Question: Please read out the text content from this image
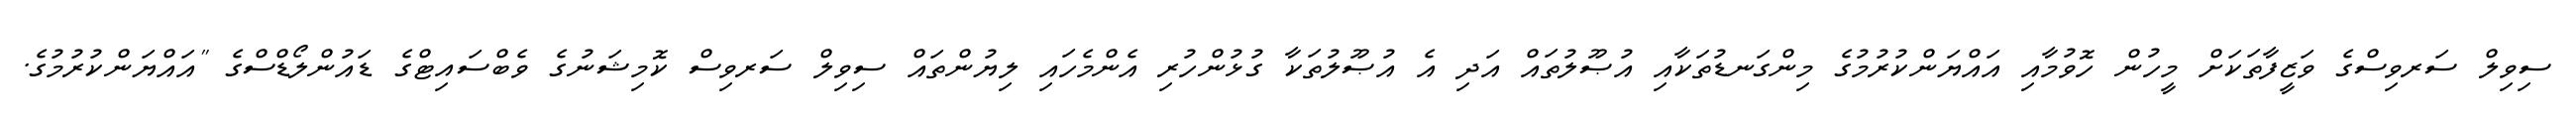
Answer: ސިވިލް ސަރވިސްގެ ވަޒީފާތަކަށް މީހުން ހޮވުމާއި އައްޔަންކުރުމުގެ މިންގަނޑުތަކާއި އުޞޫލުތައް އަދި އެ އުޞޫލުތަކާ ގުޅުންހުރި އެންމެހައި ލިޔުންތައް ސިވިލް ސަރވިސް ކޮމިޝަނުގެ ވެބްސައިޓްގެ ޑައުންލޯޑްސްގެ "އައްޔަންކުރުމުގެ.